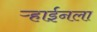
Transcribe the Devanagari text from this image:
ऱ्हाईनला